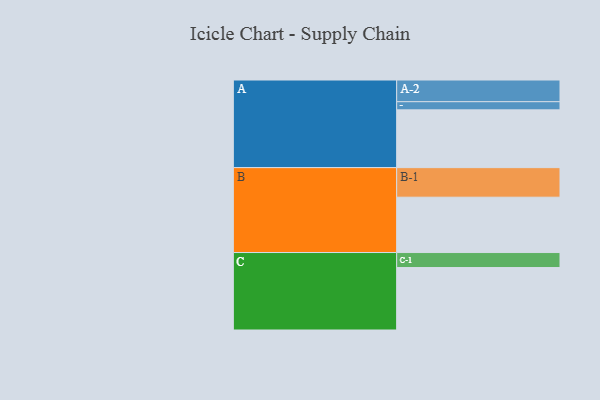
{"axis": {"x": "Segment", "y": "Value"}, "legend": ["", "A", "B", "C"], "data": [{"x": "A", "y": 551, "type": ""}, {"x": "B", "y": 528, "type": ""}, {"x": "C", "y": 596, "type": ""}, {"x": "A-1", "y": 78, "type": "A"}, {"x": "A-2", "y": 207, "type": "A"}, {"x": "B-1", "y": 282, "type": "B"}, {"x": "C-1", "y": 143, "type": "C"}]}